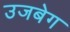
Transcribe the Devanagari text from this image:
उजबेग